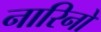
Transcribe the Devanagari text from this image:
नारिनो